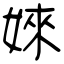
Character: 婡